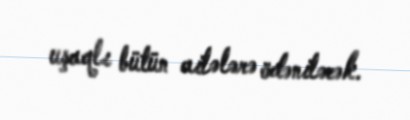
uşaqlı bütün ailələrə ödəniləcək.